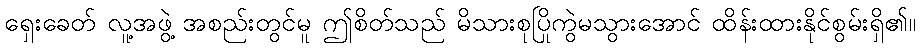
ရှေးခေတ် လူ့အဖွဲ့ အစည်းတွင်မူ ဤစိတ်သည် မိသားစုပြိုကွဲမသွားအောင် ထိန်းထားနိုင်စွမ်းရှိ၏။